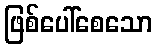
ဖြစ်ပေါ်စေသော